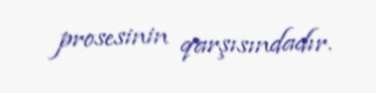
prosesinin qarşısındadır.